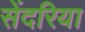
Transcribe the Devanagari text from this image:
सेंदरिया